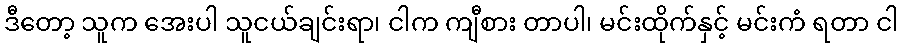
ဒီတော့ သူက အေးပါ သူငယ်ချင်းရာ၊ ငါက ကျီစား တာပါ၊ မင်းထိုက်နှင့် မင်းကံ ရတာ ငါ